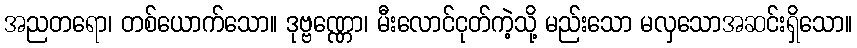
အညတရော၊ တစ်ယောက်သော။ ဒုဗ္ဗဏ္ဏော၊ မီးလောင်ငုတ်ကဲ့သို့ မည်းသော မလှသောအဆင်းရှိသော။